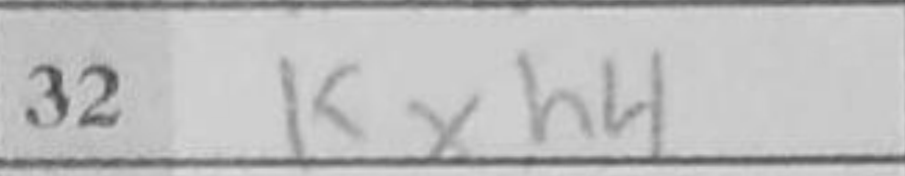
Transcription: Kxh4